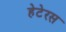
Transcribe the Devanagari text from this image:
हेटेरस